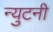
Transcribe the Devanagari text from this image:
न्युटनी